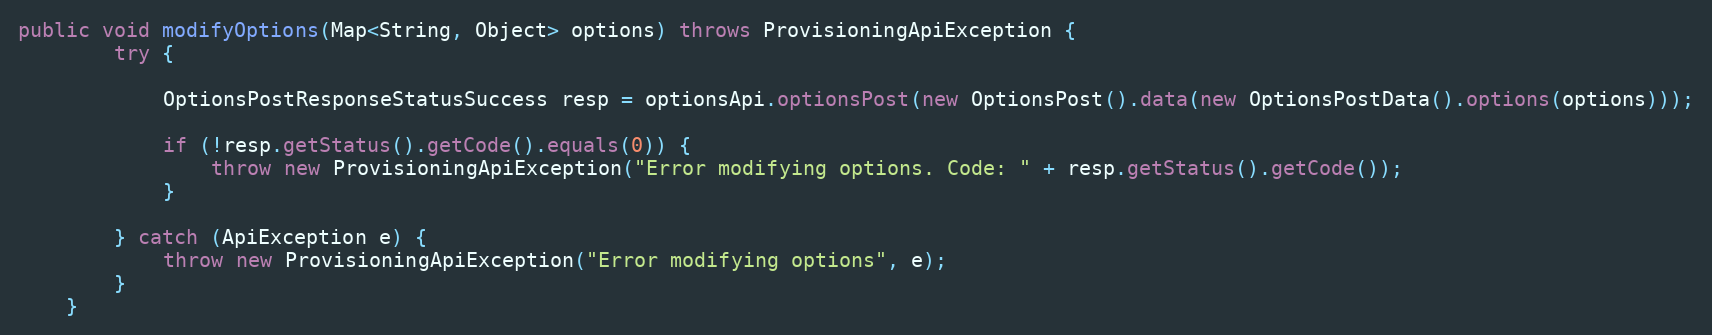
Language: Java
public void modifyOptions(Map<String, Object> options) throws ProvisioningApiException {
        try {

            OptionsPostResponseStatusSuccess resp = optionsApi.optionsPost(new OptionsPost().data(new OptionsPostData().options(options)));

            if (!resp.getStatus().getCode().equals(0)) {
                throw new ProvisioningApiException("Error modifying options. Code: " + resp.getStatus().getCode());
            }

        } catch (ApiException e) {
            throw new ProvisioningApiException("Error modifying options", e);
        }
    }